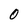
Character: 0